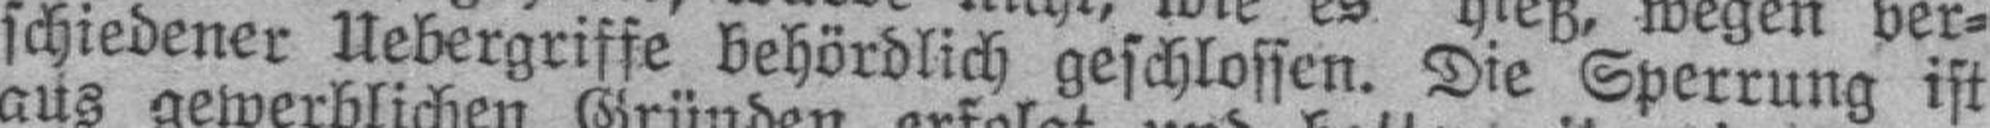
schiedener Uebergriffe behördlich geschlossen. Die Sperrung ist